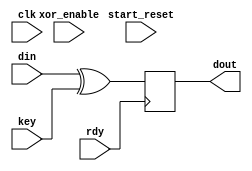
module xorModule (
    // Inputs
    input wire clk,                 // Operating Clock
    input wire rdy,
    input wire[7:0] din,            // Data byte to encrypt
    input wire start_reset,         // Start/Reset switch
    input wire xor_enable,          // XOR Encryption switch
    input wire [7:0] key,
    // Outputs
    output reg [7:0] dout           // Encrypted data byte
    //output reg led_complete,         // LED for completed state
    //output reg done
    );
    
     
      always@(posedge rdy) begin //waits for positive edge from rx_done_tick to begin encryption
if(rdy) begin
dout = din^key;
//shift<=shift+1;

//done=rdy;
end

end    

endmodule